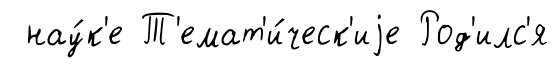
нау́к'е Т'емат'и́ческ'иjе Род'илс'я